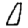
Digit: 0